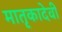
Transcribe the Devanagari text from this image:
मातृकादेवी